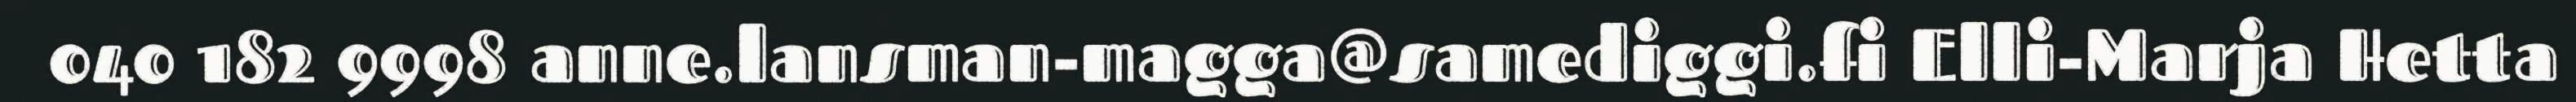
040 182 9998 anne.lansman-magga@samediggi.fi Elli-Marja Hetta